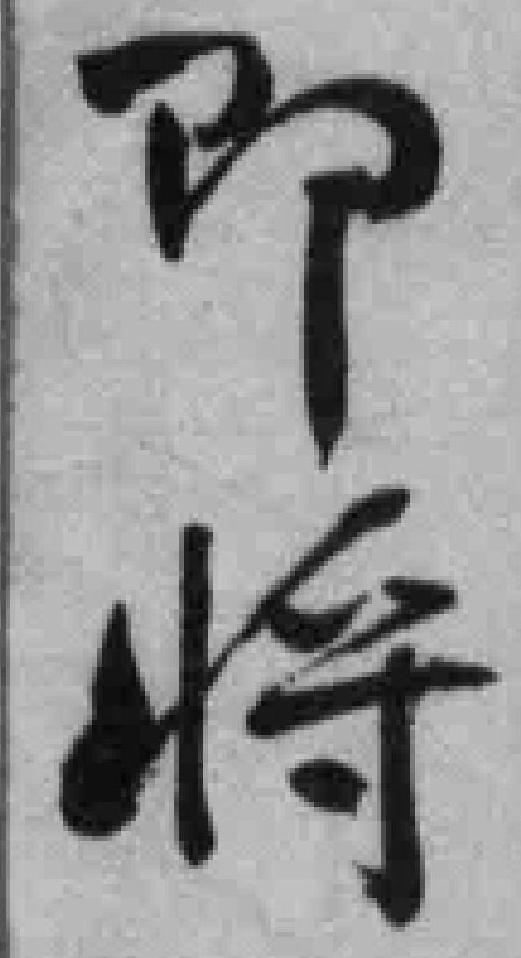
即将